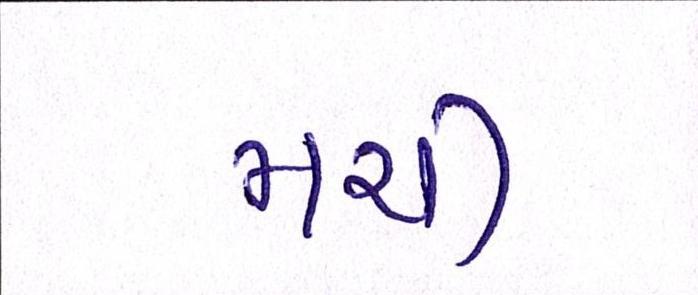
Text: મચી